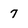
Character: 7